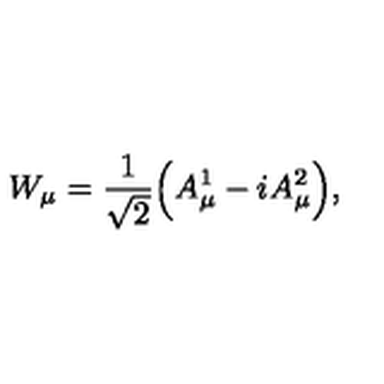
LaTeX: W _ { \mu } = \frac { 1 } { \sqrt { 2 } } \Big ( A _ { \mu } ^ { 1 } - i A _ { \mu } ^ { 2 } \Big ) ,